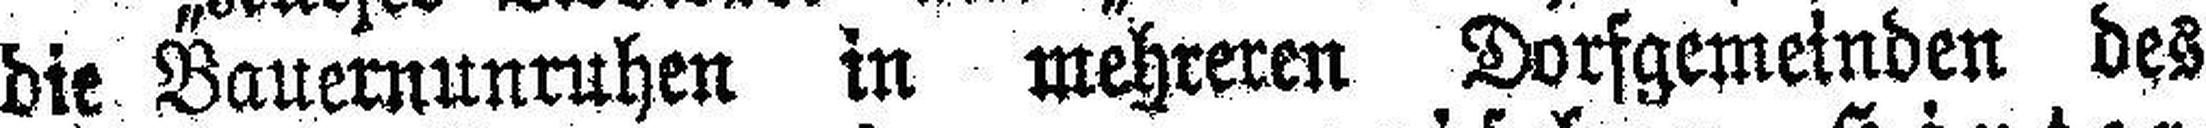
die Bauernunruhen in mehreren Dorfgemeinden des